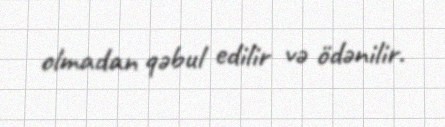
olmadan qəbul edilir və ödənilir.